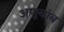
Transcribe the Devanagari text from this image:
अणूबांब